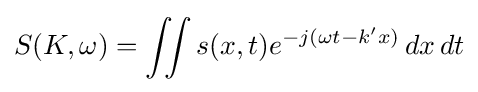
S(K,\omega )=\iint s(x,t)e^{-j(\omega t-k'x)}\,dx\,dt